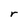
Character: r